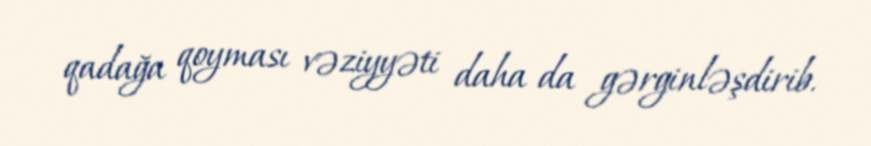
qadağa qoyması vəziyyəti daha da gərginləşdirib.